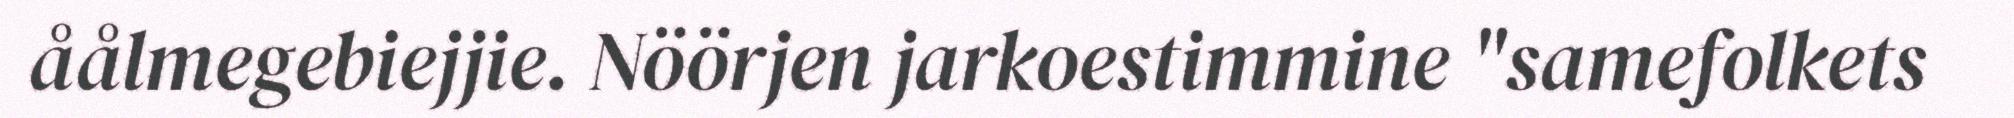
åålmegebiejjie. Nöörjen jarkoestimmine "samefolkets